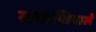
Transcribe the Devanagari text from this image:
समाप्तिवाले